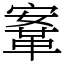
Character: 鞌